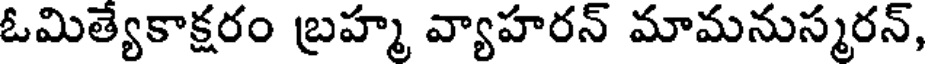
ఓమిత్యేకాక్షరం బ్రహ్మ వ్యాహరన్ మామనుస్మరన్,